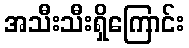
အသီးသီးရှိကြောင်း